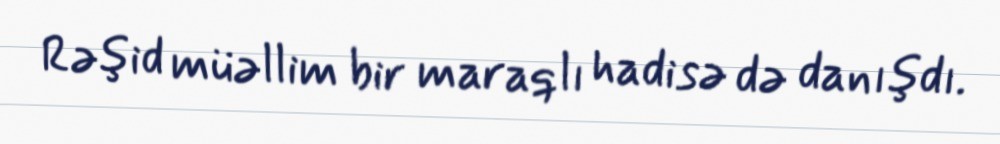
Rəşid müəllim bir maraqlı hadisə də danışdı.